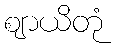
ဈာယိတုံ